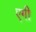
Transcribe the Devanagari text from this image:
एगी